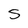
Character: s